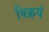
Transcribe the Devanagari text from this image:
विक्रयं